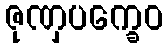
ဇုဏှပက္ခေဝ